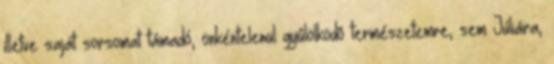
illetve saját sorsomat támadó, önkéntelenül gyûlölködõ természetemre, sem Júliára,